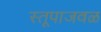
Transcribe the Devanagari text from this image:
स्तूपाजवळ